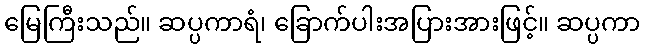
မြေကြီးသည်။ ဆပ္ပကာရံ၊ ခြောက်ပါးအပြားအားဖြင့်။ ဆပ္ပကာ